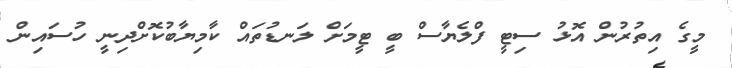
މީގެ އިތުރުން އޮޅު ސިޓީ ފްލެޔާސް ބީ ޓީމަށް ލަނޑުތައް ކާމިޔާބުކޮށްދިނީ ހުސައިން